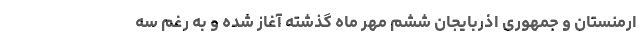
ارمنستان و جمهوری اذربایجان ششم مهر ماه گذشته آغاز شده و به رغم سه